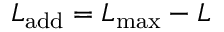
L _ { \mathrm { a d d } } = L _ { \mathrm { m a x } } - L